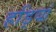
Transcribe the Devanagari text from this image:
हडि्यां